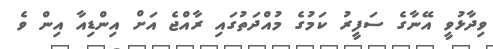
ވިދާޅުވީ އޭނާގެ ސަފީރު ކަމުގެ މުއްދަތުގައި ރާއްޖެ އަށް އިންޑިއާ އިން ވެ